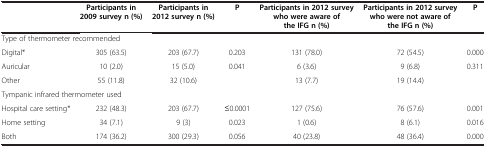
|  | Participants in 2009 survey n (%) | Participants in 2012 survey n (%) | P | Participants in 2012 survey who were aware of the IFG n (%) | Participants in 2012 survey who were not aware of the IFG n (%) | P |
 | --- | --- | --- | --- | --- | --- | --- |
 | <COLSPAN=7> Type of thermometer recommended |
 | Digital* | 305 (63.5) | 203 (67.7) | 0.203 | 131 (78.0) | 72 (54.5) | 0.000 |
 | Auricular | 10 (2.0) | 15 (5.0) | 0.041 | 6 (3.6) | 9 (6.8) | 0.311 |
 | Other | 55 (11.8) | 32 (10.6) |  | 13 (7.7) | 19 (14.4) |  |
 | <COLSPAN=7> Tympanic infrared thermometer used |
 | Hospital care setting* | 232 (48.3) | 203 (67.7) | ≤0.0001 | 127 (75.6) | 76 (57.6) | 0.001 |
 | Home setting | 34 (7.1) | 9 (3) | 0.023 | 1 (0.6) | 8 (6.1) | 0.016 |
 | Both | 174 (36.2) | 300 (29.3) | 0.056 | 40 (23.8) | 48 (36.4) | 0.000 |